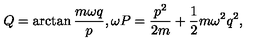
Q = \arctan \frac { m \omega q } { p } , \omega P = \frac { p ^ { 2 } } { 2 m } + \frac { 1 } { 2 } m \omega ^ { 2 } q ^ { 2 } ,